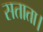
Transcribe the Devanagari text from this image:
सताता।